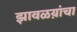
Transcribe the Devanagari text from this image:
झावळय़ांचा